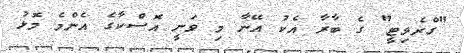
"ގްރެވިޓީ" ގެ ބާރާ އެކު އޭނާ މި ވަނީ އޮސްކާގެ އެންމެ މޮޅު